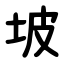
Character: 坡